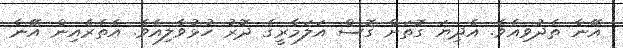
އޭނާ ތެދުވިއެވެ. އެދިޔަ ގޮތަށް ގޮސް އަލަމާރީގެ ދޮރު ހުޅުވާލިއެވެ. އެތެރެއިން އޭނާ